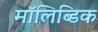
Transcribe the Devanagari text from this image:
मॉलिब्डिक